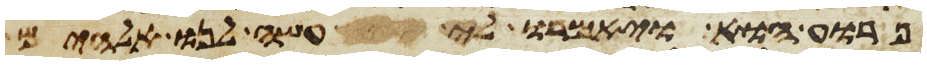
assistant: פרוע הוא ויאמרו לי עשה לנו אלהים